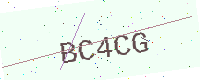
Text: BC4CG